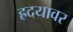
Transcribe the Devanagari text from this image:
ह्रदयावर